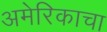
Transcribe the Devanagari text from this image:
अमेरिकाचा